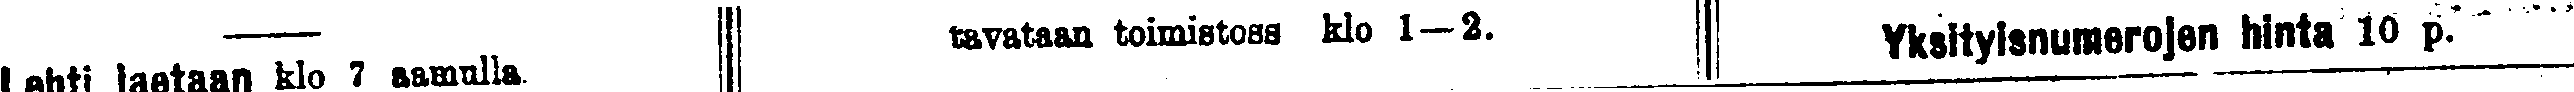
Lehti jaetaan klo 7 aamulla  tavataan toimistoss klo 1—2.  Yksityisnumerojen hinta 10 p.